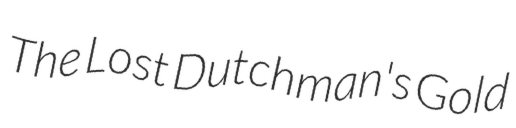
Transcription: The Lost Dutchman's Gold